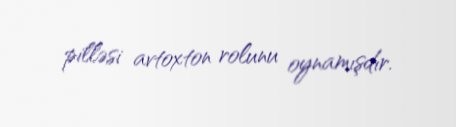
pilləsi avtoxton rolunu oynamışdır.